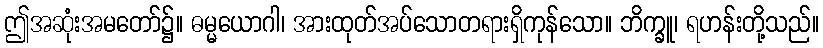
ဤအဆုံးအမတော်၌။ ဓမ္မယောဂါ၊ အားထုတ်အပ်သောတရားရှိကုန်သော။ ဘိက္ခူ၊ ရဟန်းတို့သည်။